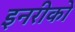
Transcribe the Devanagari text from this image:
इनरीको